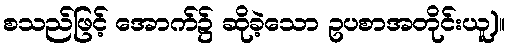
စသည်ဖြင့် အောက်၌ ဆိုခဲ့သော ဥပစာအတိုင်းယူ)။